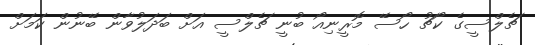
ޗެލްސީގެ ކޯޗު ހޯސޭ މޮރީނިއޯ ބުނީ ޗެލްސީ އަށް ބަދަލުވާން ބޭނުން ކަމަށް